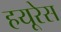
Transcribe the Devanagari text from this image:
हयूरेस